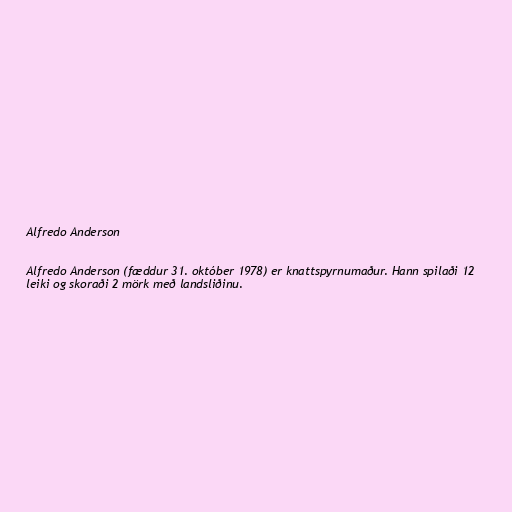
Alfredo Anderson

Alfredo Anderson (fæddur 31. október 1978) er knattspyrnumaður. Hann spilaði 12
leiki og skoraði 2 mörk með landsliðinu.